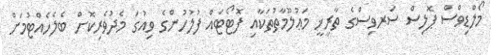
މޯލްޑިވްސް ޕޮލިސް ސަރވިސްގެ ތާރީޚީ މަޢުލޫމާތުތަކާއި ފޮޓޯޓައް ފުލުހުންގެ ވިއުގަ މެދުވެރިކޮށް ބެލެހެއްޓުމަށް